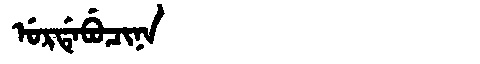
Manchu: ᡠᡵᡩᡝᠪᡠᠴᡳᠨᠠ
Romanization: URDEBUCINA